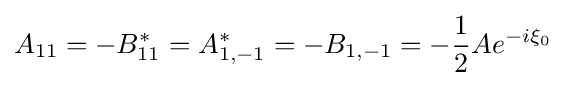
A_{11}=-B_{11}^{*}=A_{1,-1}^{*}=-B_{1,-1}=-{\frac {1}{2}}Ae^{-i\xi _{0}}